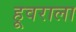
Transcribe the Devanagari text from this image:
हूवराला